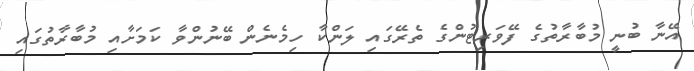
އޭނާ ބުނީ މުބާރާތުގެ ފޭވަރިޓުންގެ ތެރޭގައި ލަންކާ ހިމެނެން ބޭނުންވާ ކަމަށާއި މުބާރާތުގައި